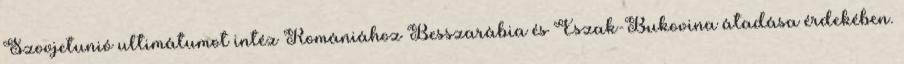
Szovjetunió ultimátumot intéz Romániához Besszarábia és Észak-Bukovina átadása érdekében.